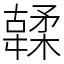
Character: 䂋